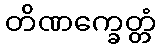
တိဏက္ခေတ္တံ